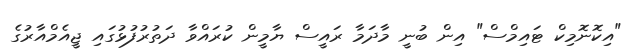
"އިކޮނޮމިކް ޓައިމްސް" އިން ބުނީ މާދަމާ ރައީސް ޔާމީން ކުރައްވާ ދަތުރުފުޅުގައި ޖީއެމްއާރުގެ